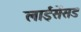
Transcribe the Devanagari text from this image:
लाईसेंसड